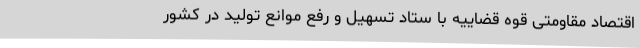
اقتصاد مقاومتی قوه قضاییه با ستاد تسهیل و رفع موانع تولید در کشور